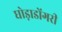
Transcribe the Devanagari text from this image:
घोड़ाडोंगरी